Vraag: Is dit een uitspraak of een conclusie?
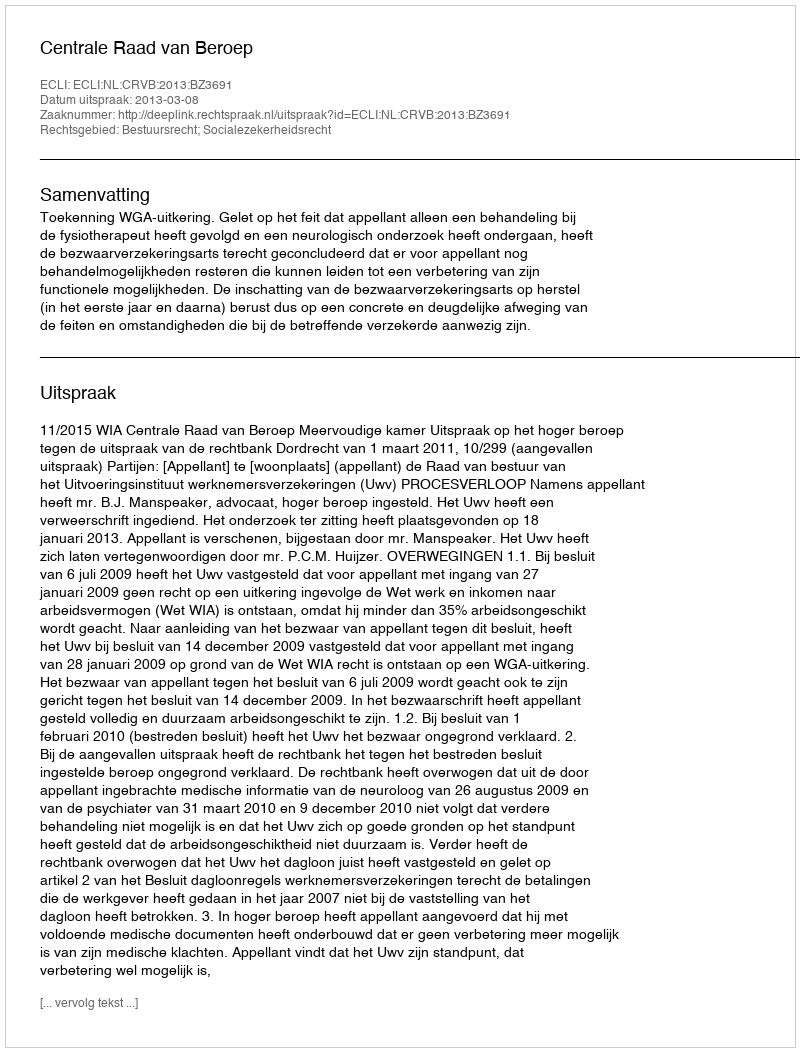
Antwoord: Uitspraak